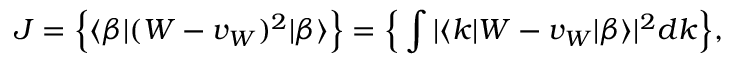
J = \Big \{ \langle \beta | ( W - v _ { W } ) ^ { 2 } | \beta \rangle \Big \} = \Big \{ \int | \langle k | W - v _ { W } | \beta \rangle | ^ { 2 } d k \Big \} ,